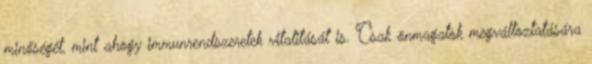
minőségét, mint ahogy immunrendszeretek vitalitását is. Csak önmagatok megváltoztatására